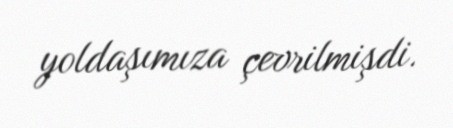
yoldaşımıza çevrilmişdi.